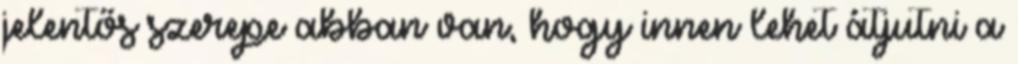
jelentős szerepe abban van, hogy innen lehet átjutni a